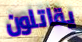
يقاتلون